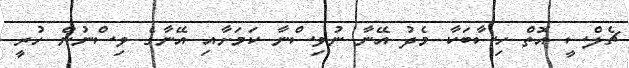
ޗެލްސީ އޮތް ހިސާބަކާ މެދު އޭނާ ނުވިސްނާ ކަމަށާއި އޭނާގެ ވިސްނުން ހުރީ